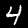
Digit: 4